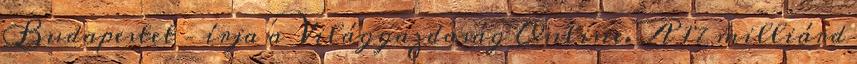
Budapestet – írja a Világgazdaság Online. A 17 milliárd